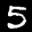
Label: 5